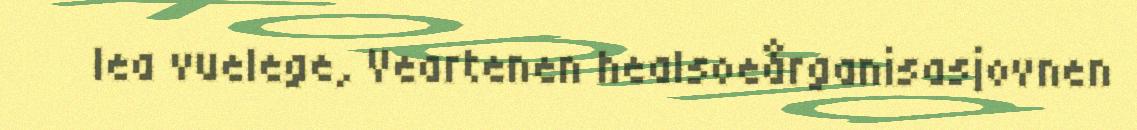
lea vuelege, Veartenen healsoeårganisasjovnen